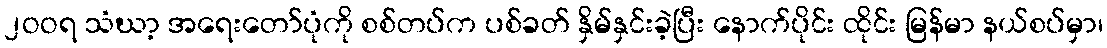
၂ဝဝရ သံဃာ့ အရေးတော်ပုံကို စစ်တပ်က ပစ်ခတ် နှိမ်နှင်းခဲ့ပြီး နောက်ပိုင်း ထိုင်း မြန်မာ နယ်စပ်မှာ၊